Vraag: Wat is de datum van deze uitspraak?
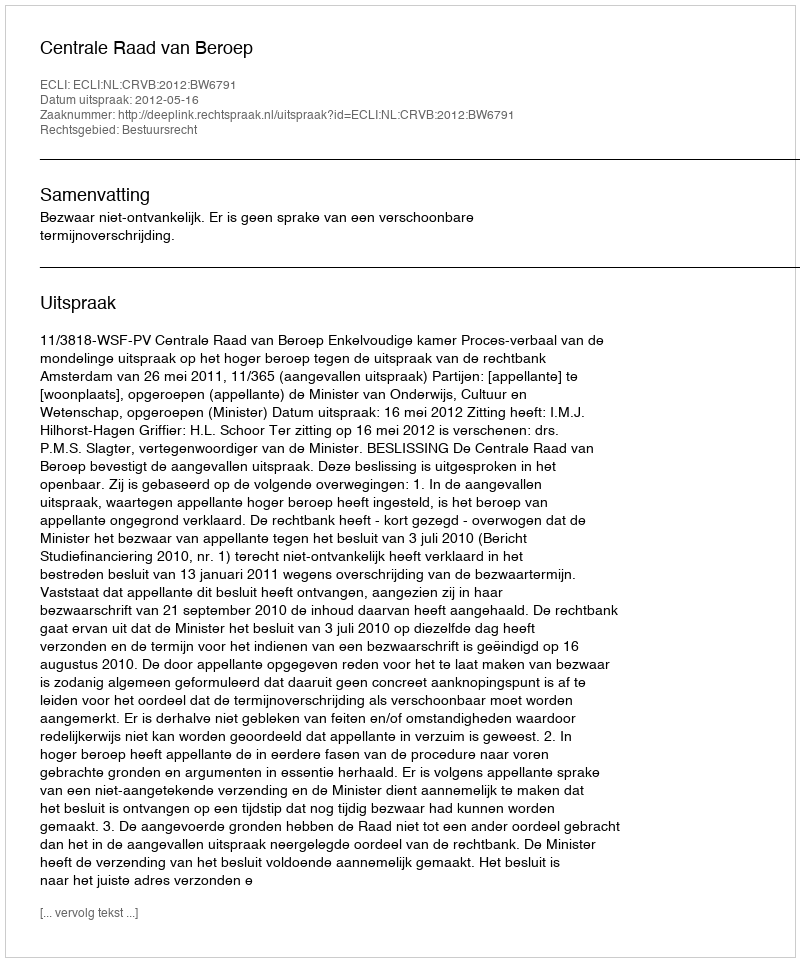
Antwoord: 2012-05-16